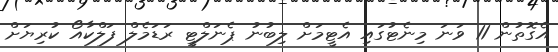
އެގޮތުން 11 ވަނަ މިނެޓުގައި އެޓީމަށް ލިބުނު ޕެނަލްޓީ ރަޑަމެލް ފަލްކާއޯ ކުރިޔަށް